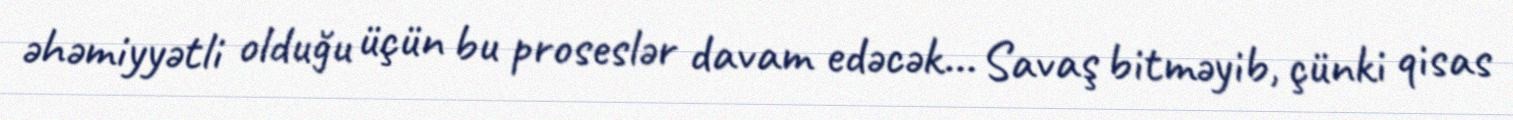
əhəmiyyətli olduğu üçün bu proseslər davam edəcək... Savaş bitməyib, çünki qisas